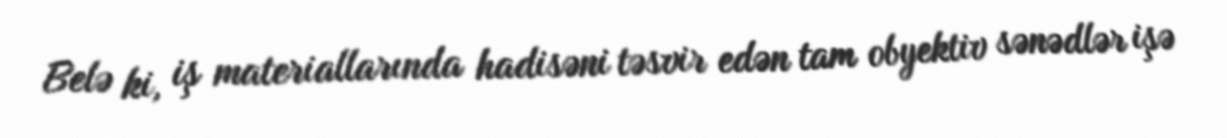
Belə ki, iş materiallarında hadisəni təsvir edən tam obyektiv sənədlər işə